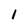
Character: 1